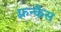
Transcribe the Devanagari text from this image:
फ़्रन्कैस